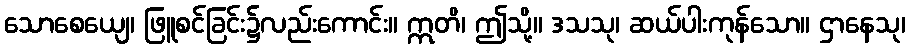
သောစေယျေ၊ ဖြူစင်ခြင်း၌လည်းကောင်း။ ဣတိ၊ ဤသို့။ ဒသသု၊ ဆယ်ပါးကုန်သော။ ဌာနေသု၊